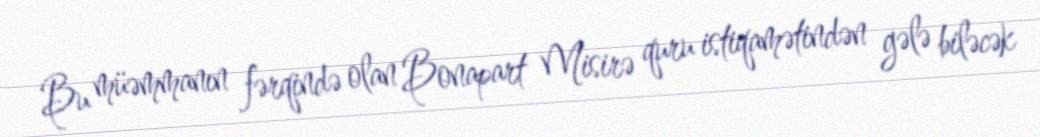
Bu müəmmanın fərqində olan Bonapart Misirə quru istiqamətindən gələ biləcək